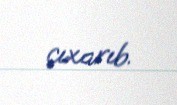
çıxarıb.